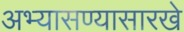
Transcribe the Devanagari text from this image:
अभ्यासण्यासारखे